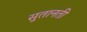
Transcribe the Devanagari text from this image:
सुतानती